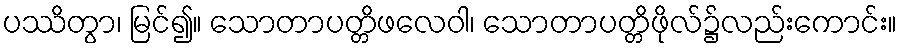
ပဿိတွာ၊ မြင်၍။ သောတာပတ္တိဖလေဝါ၊ သောတာပတ္တိဖိုလ်၌လည်းကောင်း။